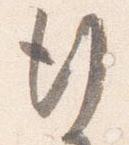
行